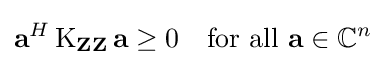
\mathbf {a} ^{H}\operatorname {K} _{\mathbf {Z} \mathbf {Z} }\mathbf {a} \geq 0\quad {\text{for all }}\mathbf {a} \in \mathbb {C} ^{n}